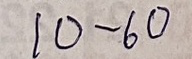
10 - 60